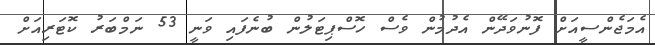
އެމަޖެންސީއަށް ފޮނުވަދޭން އެދުމުން ވެސް ހޮސްޕިޓަލުން ބުނެފައި ވަނީ 53 ނަމްބަރު ކޮޓަރިއަށް